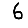
Digit: 6